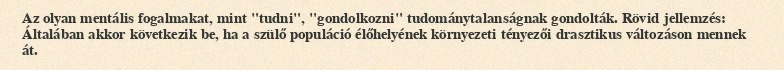
Az olyan mentális fogalmakat, mint "tudni", "gondolkozni" tudománytalanságnak gondolták. Rövid jellemzés: Általában akkor következik be, ha a szülő populáció élőhelyének környezeti tényezői drasztikus változáson mennek át.